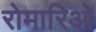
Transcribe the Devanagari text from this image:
रोमारिओ